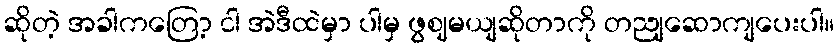
ဆိုတဲ့ အခါကတြော့ ငါ အဲဒီထဲမှာ ပါမှ ဖွဈမယျဆိုတာကို တညျဆောကျပေးပါ။